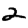
Digit: 2